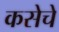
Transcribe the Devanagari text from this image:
कसेचे